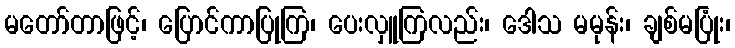
မတော်တာဖြင့်၊ ပြောင်ကာပြုကြ၊ ပေးလှူကြလည်း၊ ဒေါသ မမုန်း၊ ချစ်မပြုံး၊